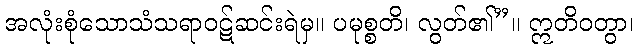
အလုံးစုံသောသံသရာဝဋ်ဆင်းရဲမှ။ ပမုစ္စတိ၊ လွတ်၏”။ ဣတိဝတွာ၊